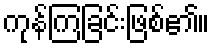
ကုန်ကြခြင်းဖြစ်၏။